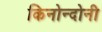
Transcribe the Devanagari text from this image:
किनोन्दोनी